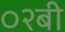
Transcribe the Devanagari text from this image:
०२बी